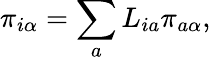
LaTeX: \pi_{i\alpha}=\sum_{a}L_{ia}\pi_{a\alpha},